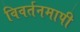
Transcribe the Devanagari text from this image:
विवर्तनमापी